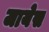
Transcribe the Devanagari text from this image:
जायेस